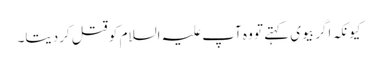
کیونکہ اگر بیوی کہتے تو وہ آپ علیہ السلام کو قتل کردیتا۔